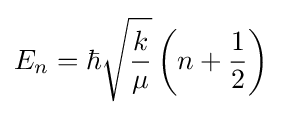
E_{n}=\hbar {\sqrt {k \over \mu }}\left(n+{1 \over 2}\right)